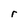
Character: r